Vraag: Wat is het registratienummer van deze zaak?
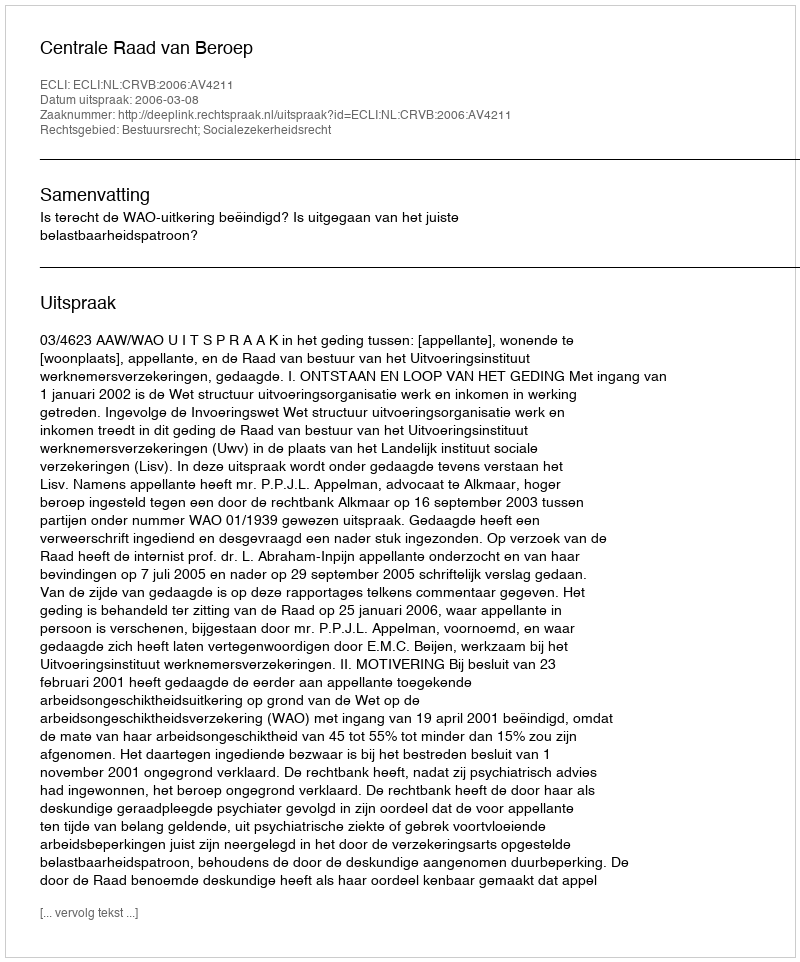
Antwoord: http://deeplink.rechtspraak.nl/uitspraak?id=ECLI:NL:CRVB:2006:AV4211